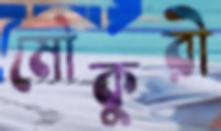
মৌকুরী